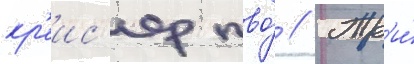
кр'еис'ер пво́ // Тр'и́